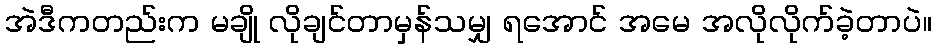
အဲဒီကတည်းက မချို လိုချင်တာမှန်သမျှ ရအောင် အမေ အလိုလိုက်ခဲ့တာပဲ။